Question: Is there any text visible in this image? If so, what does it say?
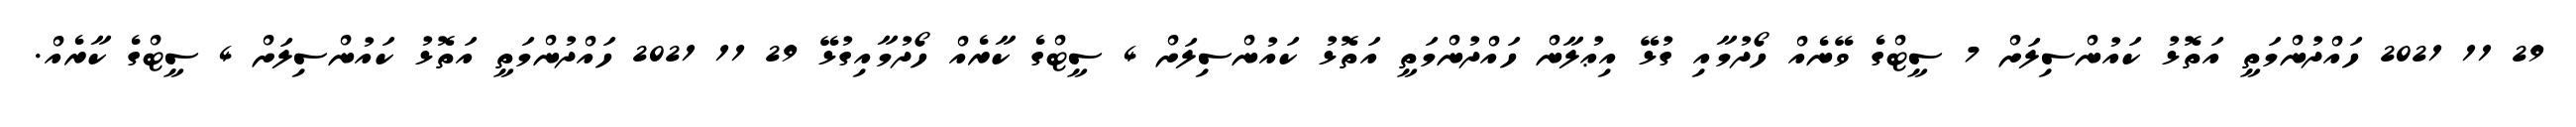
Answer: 29 11 2021 ހައްދުންމަތީ އަތޮޅު ކައުންސިލަށް 7 ސީޓްގެ ވޭނެއް ހޯދުމާއި ގުޅޭ އިޢުލާން ހައްދުންމަތީ އަތޮޅު ކައުންސިލަށް 4 ސީޓްގެ ކާރެއް ހޯދުމާއިގުޅޭ 29 11 2021 ހައްދުންމަތީ އަތޮޅު ކައުންސިލަށް 4 ސީޓްގެ ކާރެއް.